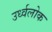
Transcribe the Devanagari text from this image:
उर्ध्वलोक